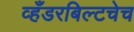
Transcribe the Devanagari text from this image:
व्हँडरबिल्टचेच